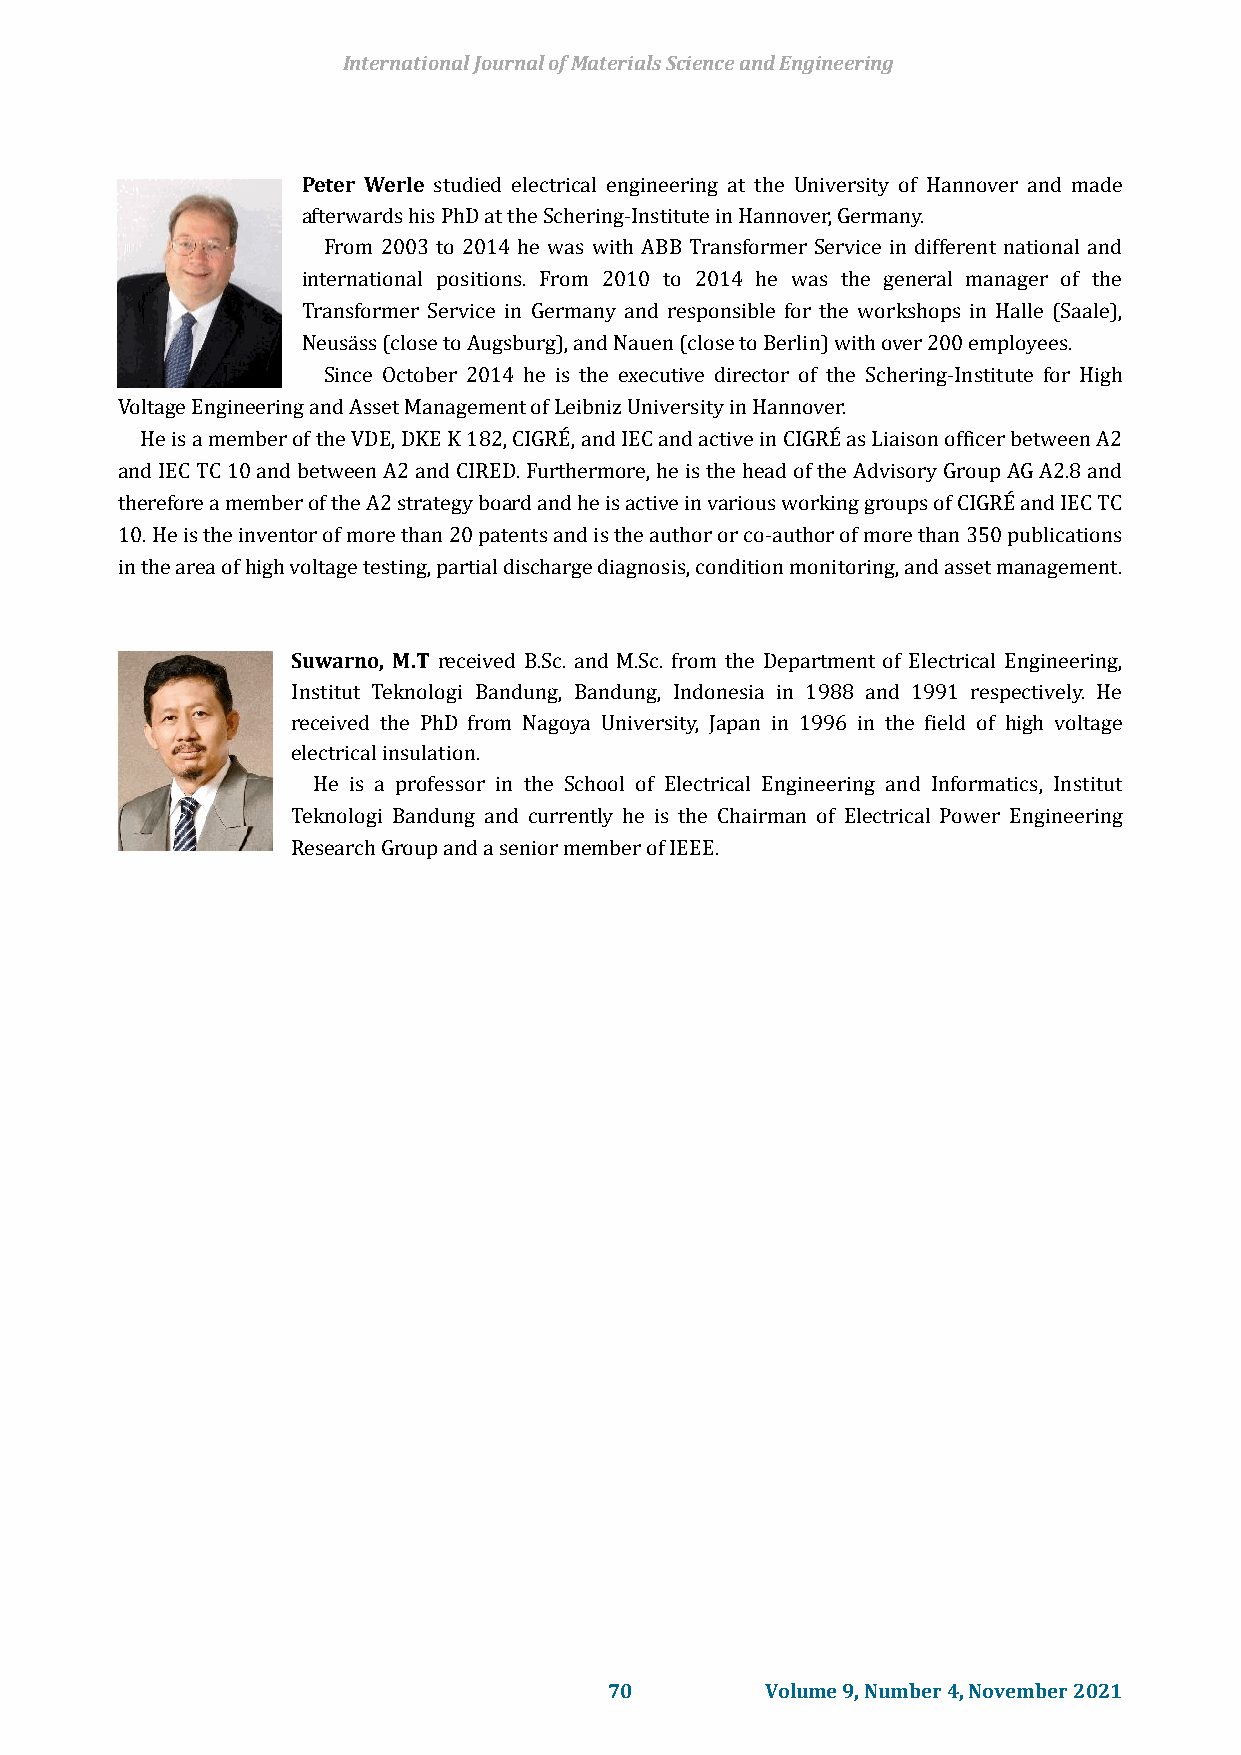
International Journal of Materials Science and Engineering
 Peter Werle studied electrical engineering at the University of Hannover and made
 afterwards his PhD at the Schering-Institute in Hannover, Germany.
 From 2003 to 2014 he was with ABB Transformer Service in different national and
 international positions. From 2010 to 2014 he was the general manager of the
 Transformer Service in Germany and responsible for the workshops in Halle (Saale),
 Neusäss (close to Augsburg), and Nauen (close to Berlin) with over 200 employees.
 Since October 2014 he is the executive director of the Schering-Institute for High
 Voltage Engineering and Asset Management of Leibniz University in Hannover.
 He is a member of the VDE, DKE K 182, CIGRÉ, and IEC and active in CIGRÉ as Liaison officer between A2
 and IEC TC 10 and between A2 and CIRED. Furthermore, he is the head of the Advisory Group AG A2.8 and
 therefore a member of the A2 strategy board and he is active in various working groups of CIGRÉ and IEC TC
 10. He is the inventor of more than 20 patents and is the author or co-author of more than 350 publications
 in the area of high voltage testing, partial discharge diagnosis, condition monitoring, and asset management.
 Suwarno, M.T received B.Sc. and M.Sc. from the Department of Electrical Engineering,
 Institut Teknologi Bandung, Bandung, Indonesia in 1988 and 1991 respectively. He
 received the PhD from Nagoya University, Japan in 1996 in the field of high voltage
 electrical insulation.
 He is a professor in the School of Electrical Engineering and Informatics, Institut
 Teknologi Bandung and currently he is the Chairman of Electrical Power Engineering
 Research Group and a senior member of IEEE.
 70         Volume 9, Number 4, November 2021